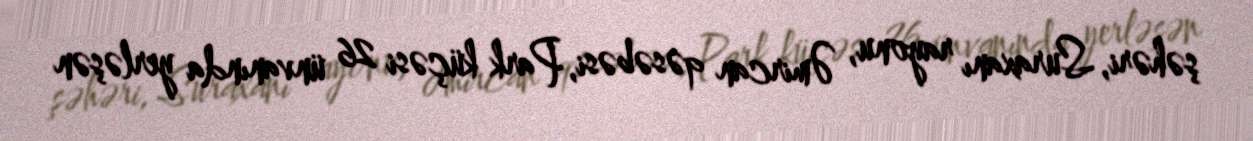
şəhəri, Suraxanı rayonu, Əmircan qəsəbəsi, Park küçəsi 26 ünvanında yerləşən